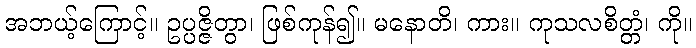
အဘယ့်ကြောင့်။ ဥပ္ပဇ္ဇိတွာ၊ ဖြစ်ကုန်၍။ မနောတိ၊ ကား။ ကုသလစိတ္တံ၊ ကို။